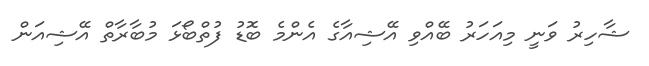
ޝާހިރު ވަނީ މިއަހަރު ބޭއްވި އޭޝިއާގެ އެންމެ ބޮޑު ފުތްބޯޅަ މުބާރާތް އޭޝިއަން